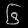
Digit: ၆